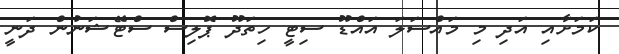
ކަމަށާއި އަދި މި މައްސަލަ އައްޑޫ ސިޓީ ހިތަދޫ ޕޮލިސް ސްޓޭޝަނުން ދަނީ